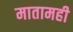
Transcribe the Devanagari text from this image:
मातामही